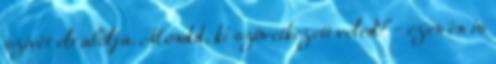
szívét elrabolja. Mondd, ki szövetkezett veled?''- ezen én is